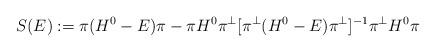
LaTeX: \begin{align*}S(E):=\pi (H^0-E)\pi -\pi H^0 \pi^\perp [\pi^\perp (H^0-E)\pi^\perp]^{-1}\pi^\perp H^0 \pi\end{align*}